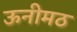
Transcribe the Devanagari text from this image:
ऊनीमठ